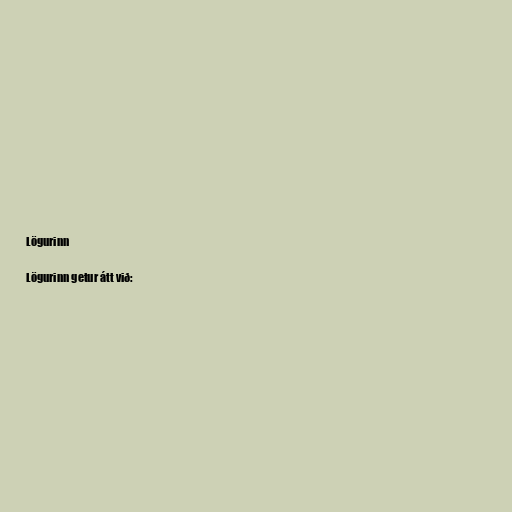
Lögurinn

Lögurinn getur átt við: